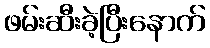
ဖမ်းဆီးခဲ့ပြီးနောက်